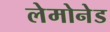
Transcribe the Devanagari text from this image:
लेमोनेड